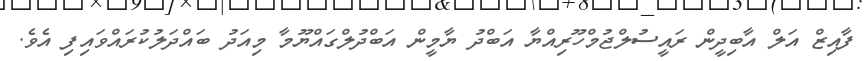
ފާއިޒް އަލް އާބިދީން ރައީސުލްޖުމްހޫރިއްޔާ އަބްދު ޔާމީން އަބްދުލްގައްޔޫމާ މިއަދު ބައްދަލުކުރައްވައިފި އެވެ.